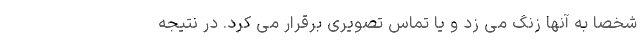
شخصاً به آنها زنگ می زد و یا تماس تصویری برقرار می کرد. در نتیجه